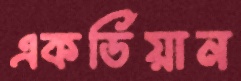
একর্ডিয়ান